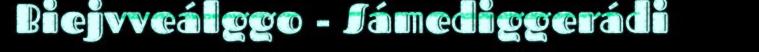
Biejvveálggo - Sámediggerádi